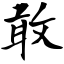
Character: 敢